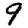
Digit: 9